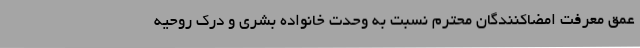
عمق معرفت امضاکنندگان محترم نسبت به وحدت خانواده بشری و درک روحیه